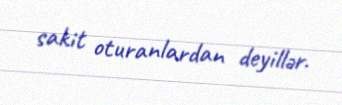
sakit oturanlardan deyillər.